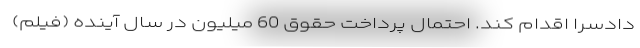
دادسرا اقدام کند. احتمال پرداخت حقوق 60 میلیون در سال آینده (فیلم)